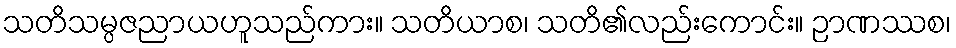
သတိသမ္ပဇညာယဟူသည်ကား။ သတိယာစ၊ သတိ၏လည်းကောင်း။ ဉာဏဿစ၊